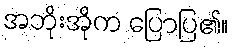
အဘိုးအိုက ပြောပြ၏။